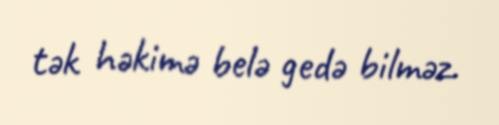
tək həkimə belə gedə bilməz.